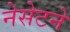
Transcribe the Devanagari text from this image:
नेसेटने